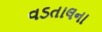
વડતાલના